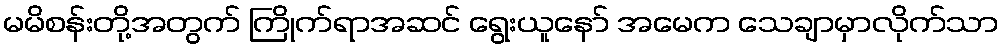
မမိစန်းတို့အတွက် ကြိုက်ရာအဆင် ရွေးယူနော် အမေက သေချာမှာလိုက်သာ